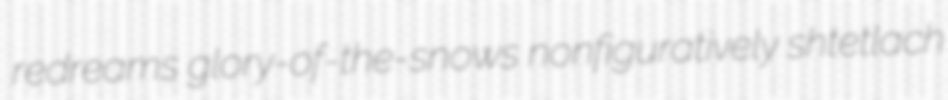
redreams glory-of-the-snows nonfiguratively shtetlach